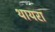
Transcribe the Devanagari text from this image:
थायरा